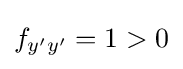
f_{y'y'}=1>0